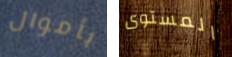
بأموال المستوى